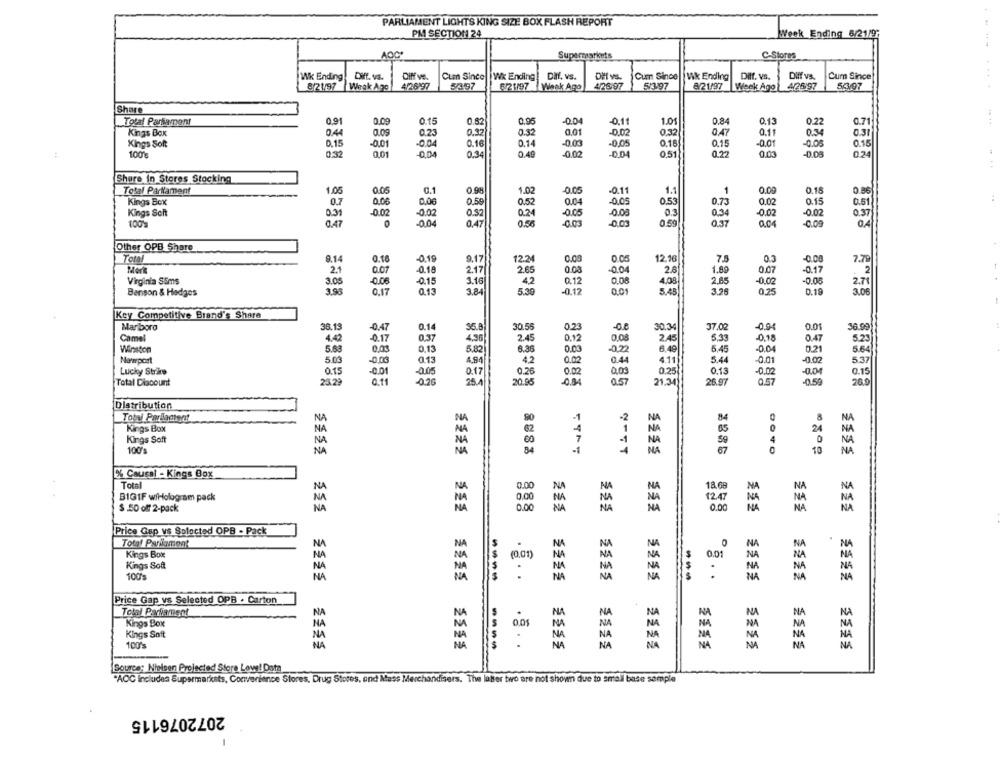
PARLIAMENT LIGHTS KING SIZE BOX FLASH REPORT
PM SECTION 24
Week Ending 6/21/9;
AOC.
Supermarkets
C-Stores
. .
Wk Ending
Diff. vs.
Diff ve.
Cum Since
Wx Ending! Diff. vs.
Dill vs.
Cum Since Wk Ending
Diff. VS.
Diff vs.
Cum Since
42.697
42697
8/21/97
42697
8/21/97
Weak Ago
5/3197
6 21/97 Week Ago
5/3/97
Week Ago
56.97
Share
Total Parlament
0.91
0.09
0.15
0.82
0.95
-0.04
-0,11
1.01
0.84
0.13
0.22
0.71
Kings Box
0.44
0.09
0.23
0.32
0.32
0.01
-0.02
0.32
0.47
0.11
0.34
0.31
Kings Soft
0.15
-0.01
-0.04
0.16
0.14
-0.03
-0,05
0.16
0.15
-0.01
0.05
0.15
0.49
-0.02
0.51
0.03
100'E
0,01
-0.04
0.34
-0.04
0.22
0.24
Share In Stores Stocking
Total Parlament
1.05
0.05
0.93
1.02
.0.05
.0.11
1.1
1
0.00
0.15
0.86
..
Kings Box
0.7
0.05
0.00
0.50
0.52
0.04
-0.05
0.53
0.73
0.02
0.15
0.51
Kings Soht
0.31
-0.02
002
0.32
0.24
-0.05
-0.03
0.3
0.34
-0.02
-0.02
0.37
100%
0.47
-0.04
0.47
0.56
-0.03
-0.00
0.59
0.37
0.04
-0.09
Other OPB Share
Total
8.14
0.16
-0,19
9.17
12.24
0.00
12.16
7.5
0.3
-0.00
7.79
-0.18
2.65
0.00
-0.04
1.89
0.07
Mert
2.1
0.07
2.17
2.6
-0.17
2
Virginia Sims
3.05
-0.06
-015
3.16
42
0.12
0.08
4.08
2.65
-0.02
-0.05
2.7
3.96
0.13
3.84
5.30
-0.12
0.01
5.45
3.26
0,25
0.19
3.08
Benson & Hedges
0.17
Key Competitive Brand's Share
Marlboro
38.13
-0.47
0.14
36.8
30.56
0.23
30.34
37.02
-0,94
0.01
36.99
2.45
Camel
4.42
-017
0,37
4.36
2.45
0.12
0.08
5,33
-0,18
0.47
5.23
Winston
5.63
0.05
0,13
5.82
6.36
0.03
0.22
6.49
5.45
-0.04
0.21
5.64
Newport
5.03
-0.03
0.13
4.2
0.02
0.44
4.11
5.44
0.01
-0.02
5.37
4.84
Lucky Strike
0.15
-0.01
-0.05
0.17
0.20
0.02
0.03
0.25
0.13
-0.02
-0.04
0.15
Total Discount
23.29
-0.26
20.95
-0.84
0.57
26.97
0.57
-0.59
20.0
21.34
Distribution
Tobyl Porladtent
NA
90
-2
84
.8
NA
Kings Box
NA
NA
62
1
NA
85
24
NA
Kings Soft
NA
NA
60
7
-1
NA
59
4
NA
100's
NA
NA
84
-1
NA
0
10
NA
% Causal - Kings Box
Total
0.00
NA
18.68
BIG1F wiHologram pack
NA
NA
0,00
NA
NA
1247
$ .50 off 2-pack
NA
0.00
NA
0.00
Price Gap vs Sploctad OPB - Pack
NA
Total Parliament
NA
Kings Box
0.01
Kings Soft
(0.01)
NA
NA
100's
NA
NA
NA
NA
NA
.
NA
NA
NA
....
Price Gap vs Selected OPB . Carton
3333
NA
NA
NE
MA
NA
Total Parliament
N
Kings Box
NA
NA
NA
MA
Kings Soft
NA
NA
NA
NA
100's
NA
NA
... .
NA
NA
NA
NA
NA
NA
Source: Nielsen Projected Store Low! Dota
"AOC Includes Supermarkets, Convenience Stores, Drug Stores, and Mass Merchandisers. The latter two are not shown due to small base semple
2072076115